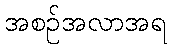
အစဉ်အလာအရ